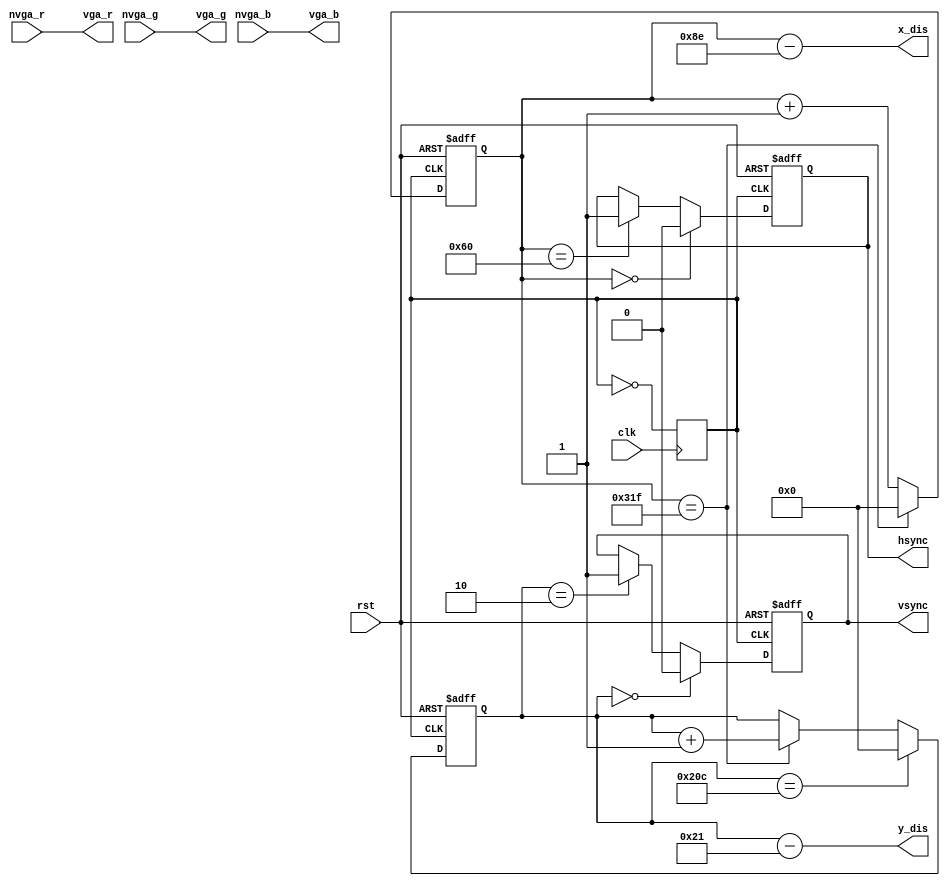
`timescale 1ns / 1ps
//////////////////////////////////////////////////////////////////////////////////
// Company: 
// Engineer: 
// 
// Design Name: 
// Module Name:    VGA 
// Project Name: 
// Target Devices: 
// Tool versions: 
// Description: 
//
// Dependencies: 
//
// Revision: 
// Revision 0.01 - File Created
// Additional Comments: 
//
//////////////////////////////////////////////////////////////////////////////////
module vga_256(clk,rst,nvga_r,nvga_g,nvga_b,hsync,vsync,vga_r,vga_g,vga_b,x_dis,y_dis);
  input clk;
  input rst;
  input nvga_r;
  input nvga_g;
  input nvga_b;
  output hsync;
  output vsync;
  output vga_r;
  output vga_g;
  output vga_b;
  output [9:0]x_dis;
  output [9:0]y_dis;
  reg clk2;
  reg [9:0] x_cnt;//
  reg [9:0] y_cnt;//
  
  initial begin
   clk2 = 0;
  end
  always @(posedge clk)
   clk2 <= ~clk2; //2,25M
	
  always @(posedge clk2 or negedge rst) //
   if(!rst)
    x_cnt <= 10'd0;
   else if(x_cnt == 10'd799)
    x_cnt <= 10'd0;
   else
    x_cnt <= x_cnt+1'b1;
	 
  always @(posedge clk2 or negedge rst) //
   if(!rst)
    y_cnt <= 10'd0;
   else if(y_cnt == 10'd524) //524
    y_cnt <= 10'd0;
   else if(x_cnt == 10'd799)
    y_cnt <= y_cnt+1'b1;
  reg hsync_r,vsync_r;//
  
  always @(posedge clk2 or negedge rst)
   if(!rst)
    hsync_r <= 1'b1;
   else if(x_cnt == 10'd0)
    hsync_r <= 1'b0;
   else if(x_cnt == 10'd96)
    hsync_r <= 1'b1;
	 
  always @(posedge clk2 or negedge rst)
   if(!rst)
    vsync_r <= 1'b1;
   else if(y_cnt == 10'd0)
    vsync_r <= 1'b0;
   else if(y_cnt == 10'd2)
    vsync_r <= 1'b1;
	 
  assign hsync = hsync_r;
  assign vsync = vsync_r;
  
  reg valid_yr;//
  always @(posedge clk2 or negedge rst)
   if(!rst)
    valid_yr <=1'b0;
   else if(y_cnt == 10'd32)
    valid_yr <= 1'b1; //32-512
   else if(y_cnt == 10'd512)
    valid_yr <= 1'b0;
  wire valid_y = valid_yr;
  
  reg valid_r;//
  always @(posedge clk2 or negedge rst)
   if(!rst)
    valid_r <= 1'b0;
   else if((x_cnt == 10'd141) && valid_y)
    valid_r <= 1'b1;
   else if((x_cnt == 10'd781) && valid_y)
    valid_r <= 1'b0;
  wire valid = valid_r;
  
  wire [9:0] x_dis;//0-639
  wire [9:0] y_dis;//0-479
  assign x_dis = x_cnt - 10'd142;
  assign y_dis = y_cnt - 10'd33;
  //VGA
  assign  vga_r = nvga_r;
  assign  vga_g = nvga_g;
  assign  vga_b = nvga_b;  

endmodule